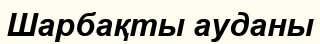
Шарбақты ауданы